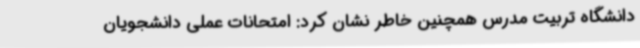
دانشگاه تربیت مدرس همچنین خاطر نشان کرد: امتحانات عملی دانشجویان